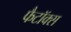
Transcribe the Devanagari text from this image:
फैटॉक्स